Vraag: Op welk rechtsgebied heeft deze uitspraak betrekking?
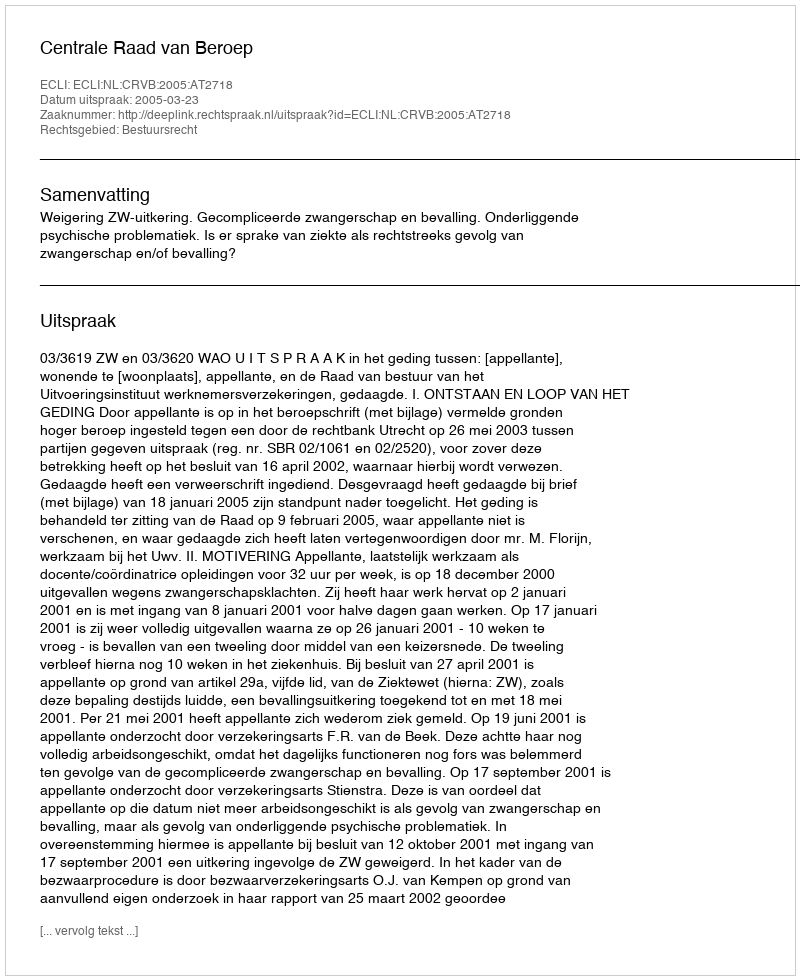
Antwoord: Bestuursrecht